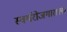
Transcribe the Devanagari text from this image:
स्वयंरोजगाराला